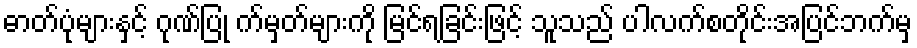
ဓာတ်ပုံများနှင့် ဂုဏ်ပြု က်မှတ်များကို မြင်ရခြင်းဖြင့် သူသည် ပါလက်စတိုင်းအပြင်ဘက်မှ